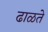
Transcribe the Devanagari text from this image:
ढाळते